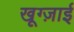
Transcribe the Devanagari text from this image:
खूग्ज़ाई